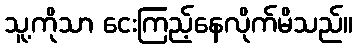
သူ့ကိုသာ ငေးကြည့်နေလိုက်မိသည်။